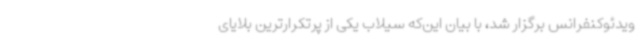
ویدئوکنفرانس برگزار شد، با بیان این‌که سیلاب یکی از پرتکرارترین بلایای